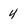
Character: 4